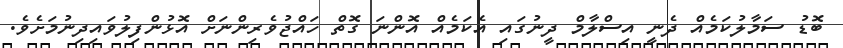
ބޮޑު ސަމާލުކަމެއް ދެނީ އިސްލާމް ދީނުގައި އެކަމެއް އޮންނަ ގޮތް ހައްޖުވެރިންނަށް އޮޅުންފިލުވައިދިނުމަށެވެ.